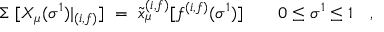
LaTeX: \Sigma ~ [ X _ { \mu } ( \sigma ^ { 1 } ) | _ { ( i , f ) } ] ~ = ~ { \tilde { x } } _ { \mu } ^ { ( i , f ) } [ f ^ { ( i , f ) } ( \sigma ^ { 1 } ) ] \quad \quad 0 \le \sigma ^ { 1 } \le 1 \quad ,